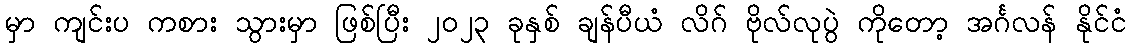
မှာ ကျင်းပ ကစား သွားမှာ ဖြစ်ပြီး ၂၀၂၃ ခုနှစ် ချန်ပီယံ လိဂ် ဗိုလ်လုပွဲ ကိုတော့ အင်္ဂလန် နိုင်ငံ